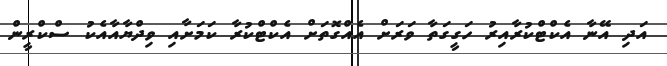
އަދި އޭނާ އެކްޓްކުރާއިރު ހަގީގަތާ ވަރަށް އެއްގޮތަށް އެކްޓްކުރާ ކަމަށާއި ވިދްޔާއާއެކު ސްކްރީން